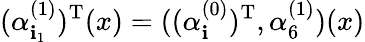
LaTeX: (\alpha_{\mathbf{i}_{1}}^{(1)})^{\mathrm{{T}}}(x)=((\alpha_{\mathbf{i}}^{(0)})^{\mathrm{{T}}},\alpha_{6}^{(1)})(x)